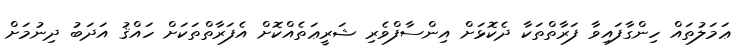
ޢަމަލުތައް ހިންގާފައިވާ ފަރާތްތަކާ ދެކޮޅަށް އިންސާފްވެރި ޝަރީޢަތެއްކޮށް އެފަރާތްތަކަށް ހައްޤު އަދަބު ދިނުމަށް